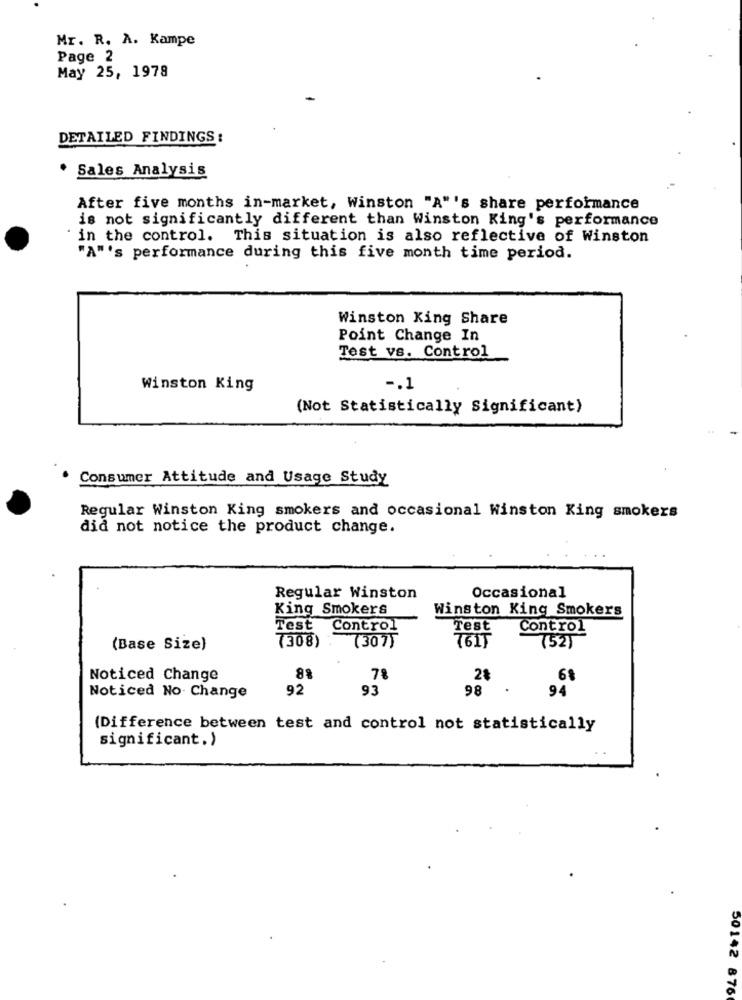
Mr. R. A. Kampe
Page 2
May 25, 1978
DETAILED FINDINGS:
Sales Analysis
After five months in-market, Winston "A"'s share performance
is not significantly different than Winston King's performance
in the control. This situation is also reflective of Winston
"A"'s performance during this five month time period.
Winston King Share
Point Change In
Test vs. Control
Winston King
-. 1
(Not Statistically Significant)
Consumer Attitude and Usage Study
Regular Winston King smokers and occasional Winston King smokers
did not notice the product change.
Occasional
Regular Winston
King Smokers
Winston King Smokers
Test Control
Test
Control
(307)
(Base Size)
(308)
76IT
(52)
Noticed Change
8%
7%
2%
68
92
93
98
.
Noticed No Change
94
(Difference between test and control not statistically
significant.)
50142 876